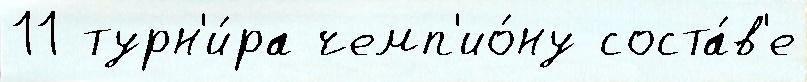
11 турн'и́ра чемп'ио́ну соста́в'е